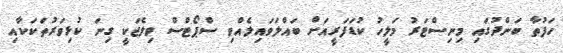
ހަފުތާ ބަންދުގައި މިނިސްޓަރު މަލީހު ކުޑަފަރީއަށް ބައްލަވައިލެއްވި ސްޕޯޓްސް ވިލެޖަކީ ގިނަ ކުޅިވަރުތަކަކާއި